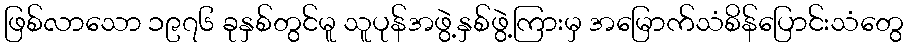
ဖြစ်လာသော ၁၉၇၆ ခုနှစ်တွင်မူ သူပုန်အဖွဲ့နှစ်ဖွဲ့ကြားမှ အမြောက်သံစိန်ပြောင်းသံတွေ